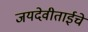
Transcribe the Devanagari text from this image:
जयदेवीताईचे